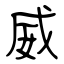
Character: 威